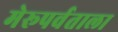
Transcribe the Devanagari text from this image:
मेरूपर्वताला